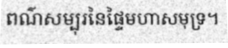
ពណ៌សម្បុរនៃផ្ទៃមហាសមុទ្រ។